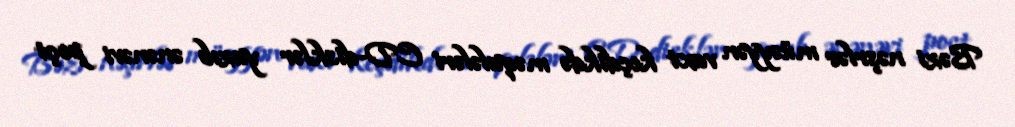
Bəzi nəşrlər müəyyən vaxt keçdikdə məqalələri CD-disklər yazıb ənənəvi poçt